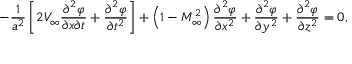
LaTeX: - { \frac { 1 } { a ^ { 2 } } } \left[ 2 V _ { \infty } { \frac { \partial ^ { 2 } \varphi } { \partial x \partial t } } + { \frac { \partial ^ { 2 } \varphi } { \partial t ^ { 2 } } } \right] + \left( 1 - M _ { \infty } ^ { 2 } \right) { \frac { \partial ^ { 2 } \varphi } { \partial x ^ { 2 } } } + { \frac { \partial ^ { 2 } \varphi } { \partial y ^ { 2 } } } + { \frac { \partial ^ { 2 } \varphi } { \partial z ^ { 2 } } } = 0 ,